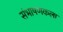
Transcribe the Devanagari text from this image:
संभाषणकला